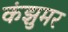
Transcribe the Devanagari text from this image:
कंझुमर